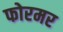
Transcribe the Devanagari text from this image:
फोरमर